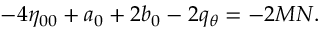
- 4 \eta _ { 0 0 } + a _ { 0 } + 2 b _ { 0 } - 2 q _ { \theta } = - 2 M N .